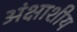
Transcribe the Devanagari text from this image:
अंक्षाशीय